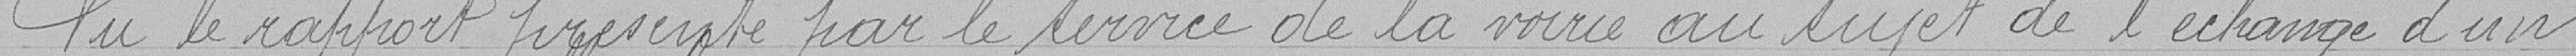
Vu le rapport présenté par le service de la voirie au sujet de l'échange d'un